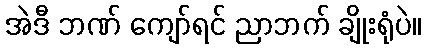
အဲဒီ ဘဏ် ကျော်ရင် ညာဘက် ချိုးရုံပဲ။